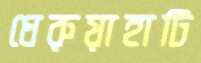
ধেরুয়াহাটি